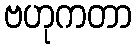
ဗဟုကတာ